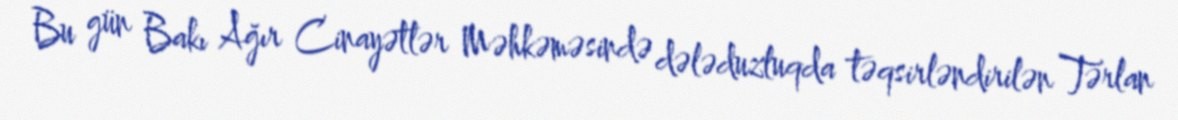
Bu gün Bakı Ağır Cinayətlər Məhkəməsində dələduzluqda təqsirləndirilən Tərlan